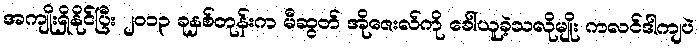
အကျိုးရှိနိုင်ပြီး ၂၀၁၃ ခုနှစ်တုန်းက မီဆွတ် အိုဇေးလ်ကို ခေါ်ယူခဲ့သလိုမျိုး ကလင်ဒါကျပဲ